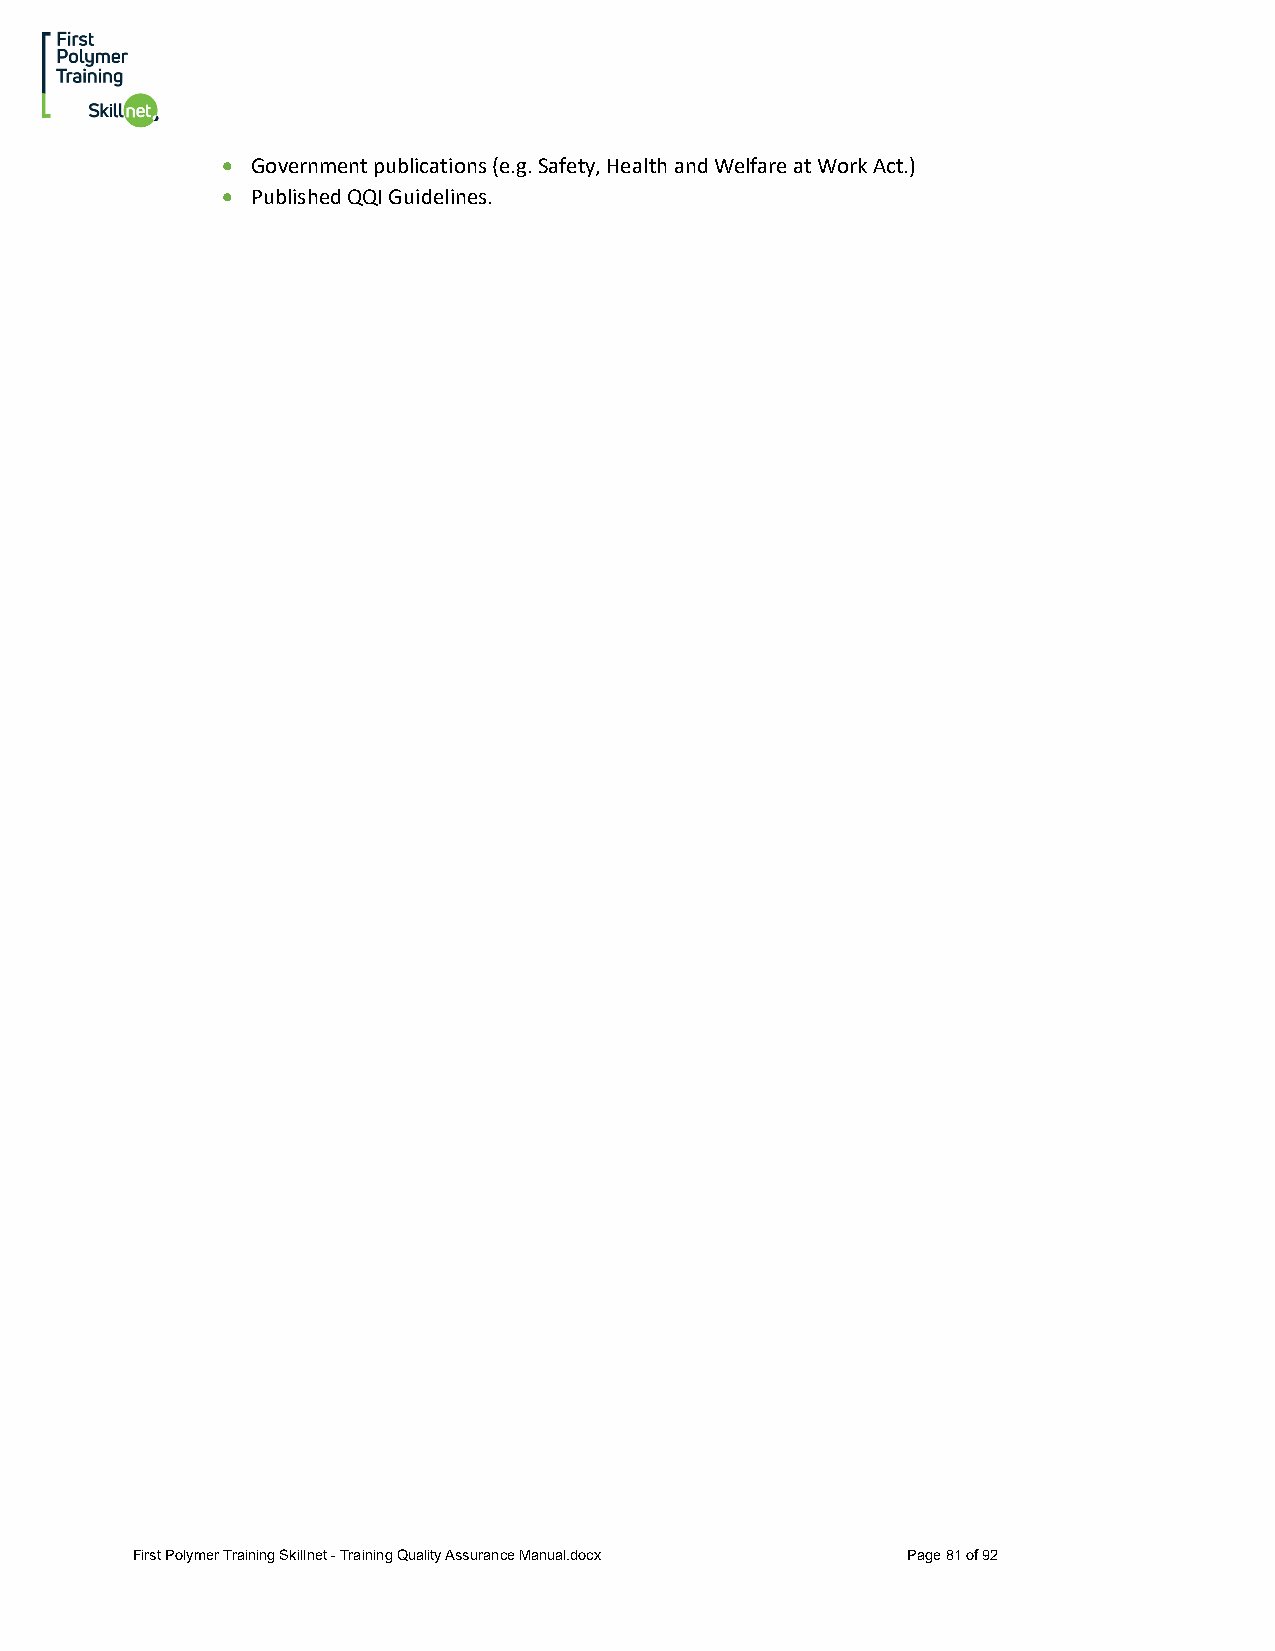
• Government publications (e.g. Safety, Health and Welfare at Work Act.)
 • Published QQI Guidelines.
 First Polymer Training Skillnet - Training Quality Assurance Manual.docx Page 81 of 92